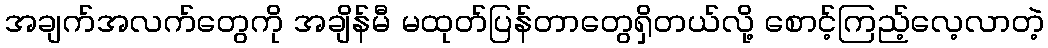
အချက်အလက်တွေကို အချိန်မီ မထုတ်ပြန်တာတွေရှိတယ်လို့ စောင့်ကြည့်လေ့လာတဲ့